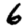
Digit: 6